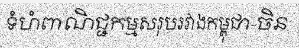
ទំហំពាណិជ្ជកម្មសរុបរវាងកម្ពុជា-ចិន